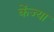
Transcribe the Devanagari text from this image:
केंज्या